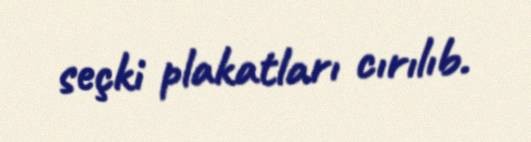
seçki plakatları cırılıb.